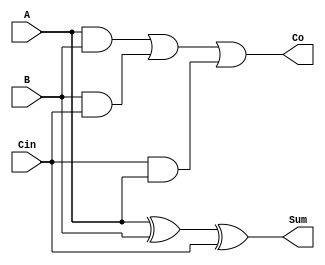
module CSA_1b(
    output Sum, Co,
    input  A, B, Cin
);

assign Sum = A ^ B ^ Cin;
assign Co = (A & B) | (B & Cin) | (Cin & A);

endmodule